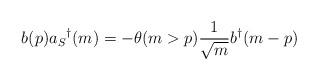
LaTeX: \begin{align*}b(p)a_S{}^{\dag}(m) = -\theta(m>p) \frac {1}{\sqrt{m}} b^{\dag}(m-p)\end{align*}